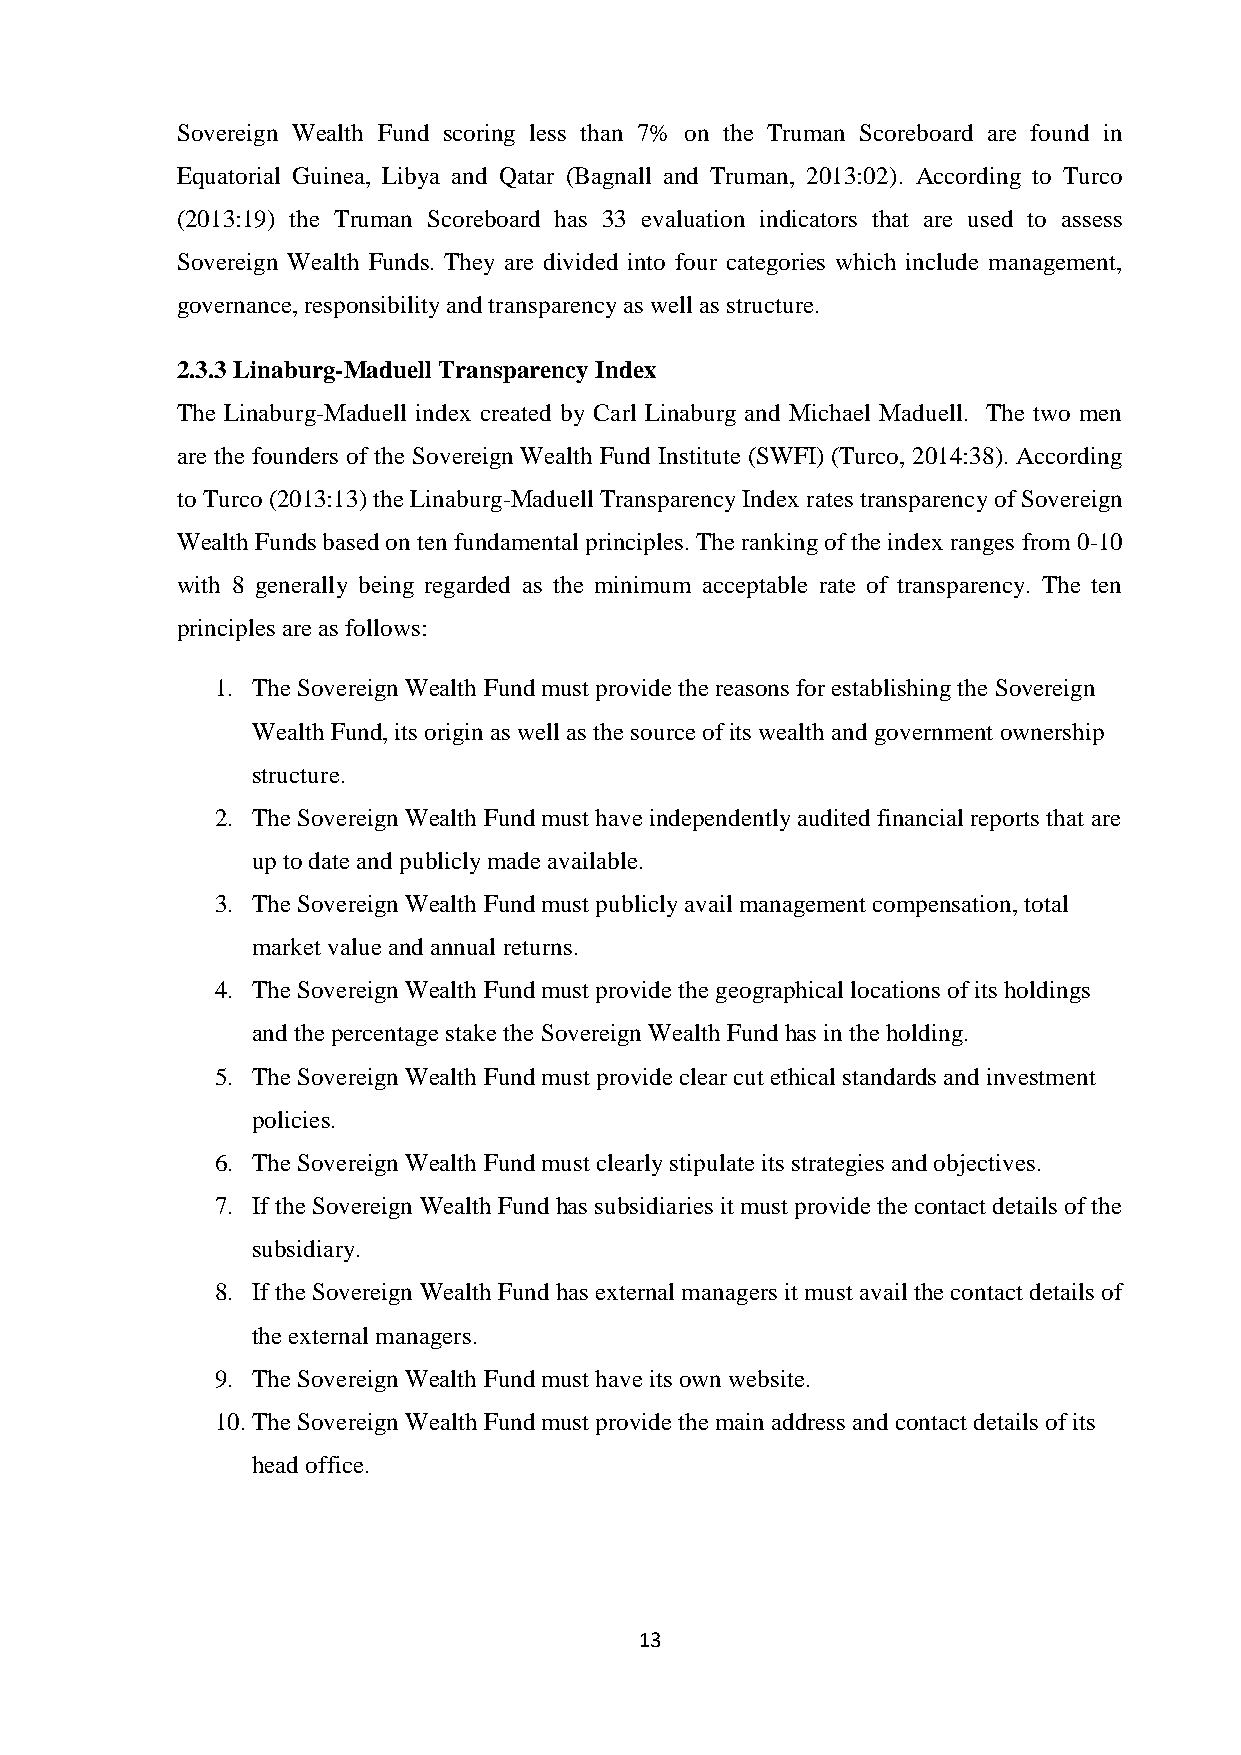
Sovereign Wealth Fund scoring less than 7% on the Truman Scoreboard are found in
 Equatorial Guinea, Libya and Qatar (Bagnall and Truman, 2013:02). According to Turco
 (2013:19) the Truman Scoreboard has 33 evaluation indicators that are used to assess
 Sovereign Wealth Funds. They are divided into four categories which include management,
 governance, responsibility and transparency as well as structure.
 2.3.3 Linaburg-Maduell Transparency Index
 The Linaburg-Maduell index created by Carl Linaburg and Michael Maduell. The two men
 are the founders of the Sovereign Wealth Fund Institute (SWFI) (Turco, 2014:38). According
 to Turco (2013:13) the Linaburg-Maduell Transparency Index rates transparency of Sovereign
 Wealth Funds based on ten fundamental principles. The ranking of the index ranges from 0-10
 with 8 generally being regarded as the minimum acceptable rate of transparency. The ten
 principles are as follows:
 1. The Sovereign Wealth Fund must provide the reasons for establishing the Sovereign
 Wealth Fund, its origin as well as the source of its wealth and government ownership
 structure.
 2. The Sovereign Wealth Fund must have independently audited financial reports that are
 up to date and publicly made available.
 3. The Sovereign Wealth Fund must publicly avail management compensation, total
 market value and annual returns.
 4. The Sovereign Wealth Fund must provide the geographical locations of its holdings
 and the percentage stake the Sovereign Wealth Fund has in the holding.
 5. The Sovereign Wealth Fund must provide clear cut ethical standards and investment
 policies.
 6. The Sovereign Wealth Fund must clearly stipulate its strategies and objectives.
 7. If the Sovereign Wealth Fund has subsidiaries it must provide the contact details of the
 subsidiary.
 8. If the Sovereign Wealth Fund has external managers it must avail the contact details of
 the external managers.
 9. The Sovereign Wealth Fund must have its own website.
 10. The Sovereign Wealth Fund must provide the main address and contact details of its
 head office.
 13